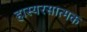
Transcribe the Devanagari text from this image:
हास्यरसात्मक